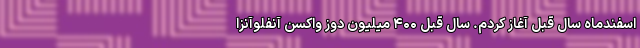
اسفندماه سال قبل آغاز کردم. سال قبل ۴۰۰ میلیون دوز واکسن آنفلوآنزا